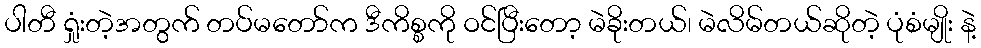
ပါတီ ရှုံးတဲ့အတွက် တပ်မတော်က ဒီကိစ္စကို ဝင်ပြီးတော့ မဲခိုးတယ်၊ မဲလိမ်တယ်ဆိုတဲ့ ပုံစံမျိုး နဲ့